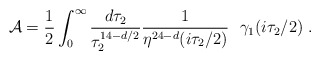
\begin{align*} {\cal A}= {1\over2}\int_0^\infty {d\tau_2 \over\tau_2^{14- d /2}} {1\over \eta^{24-d }(i\tau_2/ 2)}~~\gamma_1 (i \tau_2 / 2) \ .\end{align*}